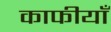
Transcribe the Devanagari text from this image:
काफीयाँ